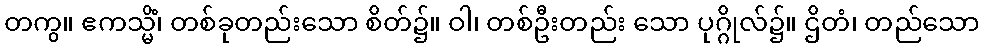
တကွ။ ဧကသ္မိံ၊ တစ်ခုတည်းသော စိတ်၌။ ဝါ၊ တစ်ဦးတည်း သော ပုဂ္ဂိုလ်၌။ ဌိတံ၊ တည်သော